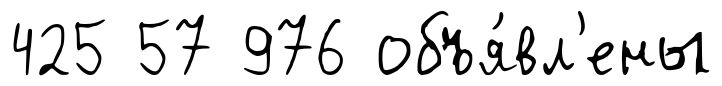
425 57 976 объя́вл'ены